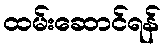
ထမ်းဆောင်ရန်